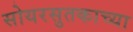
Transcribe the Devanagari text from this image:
सोयरसुतकाच्या